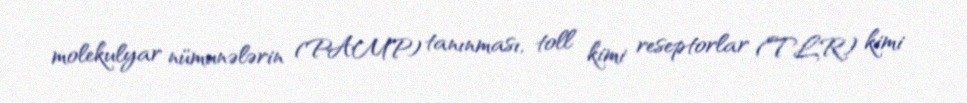
molekulyar nümunələrin (PAMP) tanınması, toll kimi reseptorlar (TLR) kimi